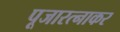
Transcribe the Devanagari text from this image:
पूजारत्नाकर